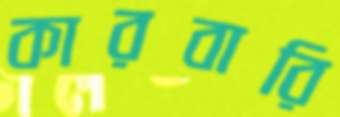
কারবারি